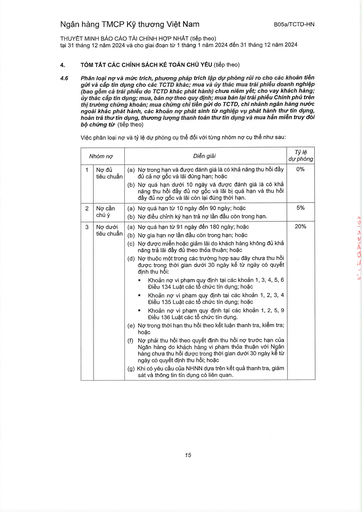
||Nhóm nợ|Diễn giải|Tỷ lệ dự phòng| |---|---|---|---| |1|Nợ đủ tiêu chuẩn|(a) Nợ trong hạn và được đánh giá là có khả năng thu hồi đầy đủ cả nợ gốc và lãi đúng hạn; hoặc (b) Nợ quá hạn dưới 10 ngày và được đánh giá là có khả năng thu hồi đầy đủ nợ gốc và lãi bị quá hạn và thu hồi đầy đủ nợ gốc và lãi còn lại đúng thời hạn.|0%| |2|Nợ cần chú ý|(a) Nợ quá hạn từ 10 ngày đến 90 ngày; hoặc (b) Nợ điều chỉnh kỳ hạn trả nợ lần đầu còn trong hạn.|5%| |3|Nợ dưới tiêu chuẩn|(a) Nợ quá hạn từ 91 ngày đến 180 ngày; hoặc (b) Nợ gia hạn nợ lần đầu còn trong hạn; hoặc (c) Nợ được miễn hoặc giảm lãi do khách hàng không đủ khả năng trả lãi đầy đủ theo thỏa thuận; hoặc (d) Nợ thuộc một trong các trường hợp sau đây chưa thu hồi được trong thời gian dưới 30 ngày kể từ ngày có quyết định thu hồi: Khoản nợ vi phạm quy định tại các khoản 1, 3, 4, 5, 6 Điều 134 Luật các tổ chức tín dụng; hoặc Khoản nợ vi phạm quy định tại các khoản 1, 2, 3, 4 Điều 135 Luật các tổ chức tín dụng; hoặc Khoản nợ vi phạm quy định tại các khoản 1, 2, 5, 9 Điều 136 Luật các tổ chức tín dụng. (e) Nợ trong thời hạn thu hồi theo kết luận thanh tra, kiểm tra; hoặc (f) Nợ phải thu hồi theo quyết định thu hồi nợ trước hạn của Ngân hàng do khách hàng vi phạm thỏa thuận với Ngân hàng chưa thu hồi được trong thời gian dưới 30 ngày kể từ ngày có quyết định thu hồi; hoặc (g) Khi có yêu cầu của NHNN dựa trên kết quả thanh tra, giám sát và thông tin tín dụng có liên quan.|20%|